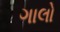
ગાલો